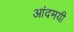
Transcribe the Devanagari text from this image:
आंदमयी